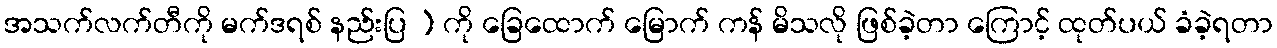
အသက်လက်တီကို မက်ဒရစ် နည်းပြ ) ကို ခြေထောက် မြောက် ကန် မိသလို ဖြစ်ခဲ့တာ ကြောင့် ထုတ်ပယ် ခံခဲ့ရတာ